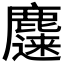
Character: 𱋀